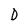
Character: D